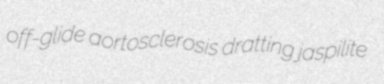
off-glide aortosclerosis dratting jaspilite